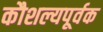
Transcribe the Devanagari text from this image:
कौशल्यपूर्वक